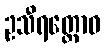
ဥသီရတ္ထောဝ